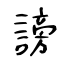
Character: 謗